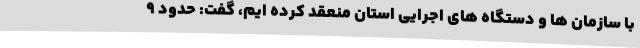
با سازمان ها و دستگاه های اجرایی استان منعقد کرده ایم، گفت: حدود 9